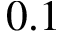
0 . 1